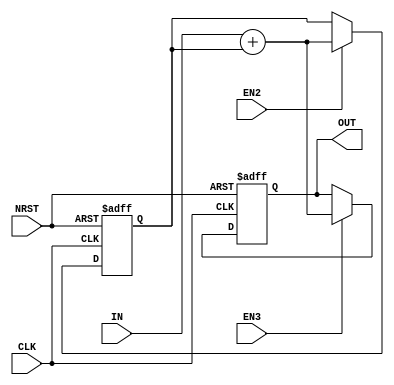
module Accumulator(
    input wire          CLK,
    input wire          NRST,
    input wire          EN2,
    input wire          EN3,
    input wire  [15:0]  IN,
    output reg  [16:0]  OUT
);

    reg [16:0]  FF;
    wire [16:0] D;

always @(posedge CLK or negedge NRST) begin
    if(!NRST) begin
        FF  <= 0;
        OUT <= 0;
    end else begin
        if(EN2) FF <= D;
        if(EN3) OUT <= D;
    end
end

//Combinational logic
assign D = $signed({IN[15],IN}) + $signed(FF);

endmodule